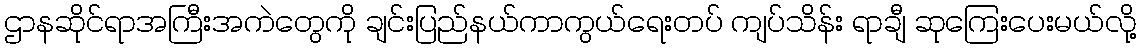
ဌာနဆိုင်ရာအကြီးအကဲတွေကို ချင်းပြည်နယ်ကာကွယ်ရေးတပ် ကျပ်သိန်း ရာချီ ဆုကြေးပေးမယ်လို့